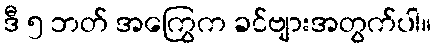
ဒီ ၅ ဘတ် အကြွေက ခင်ဗျားအတွက်ပါ။